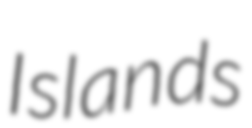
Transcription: Islands